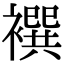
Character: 襈